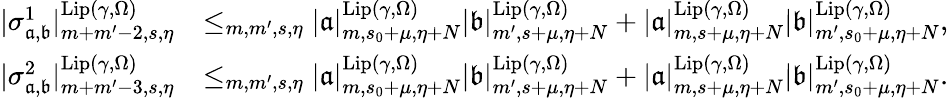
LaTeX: \begin{array}{rl}{|\sigma_{\mathfrak{a},\mathfrak{b}}^{1}|_{m+m^{\prime}-2,s,\eta}^{\mathrm{Lip}(\gamma,\Omega)}}&{\le_{m,m^{\prime},s,\eta}|\mathfrak{a}|_{m,s_{0}+\mu,\eta+N}^{\mathrm{Lip}(\gamma,\Omega)}|\mathfrak{b}|_{m^{\prime},s+\mu,\eta+N}^{\mathrm{Lip}(\gamma,\Omega)}+|\mathfrak{a}|_{m,s+\mu,\eta+N}^{\mathrm{Lip}(\gamma,\Omega)}|\mathfrak{b}|_{m^{\prime},s_{0}+\mu,\eta+N}^{\mathrm{Lip}(\gamma,\Omega)},}\\ {|\sigma_{\mathfrak{a},\mathfrak{b}}^{2}|_{m+m^{\prime}-3,s,\eta}^{\mathrm{Lip}(\gamma,\Omega)}}&{\le_{m,m^{\prime},s,\eta}|\mathfrak{a}|_{m,s_{0}+\mu,\eta+N}^{\mathrm{Lip}(\gamma,\Omega)}|\mathfrak{b}|_{m^{\prime},s+\mu,\eta+N}^{\mathrm{Lip}(\gamma,\Omega)}+|\mathfrak{a}|_{m,s+\mu,\eta+N}^{\mathrm{Lip}(\gamma,\Omega)}|\mathfrak{b}|_{m^{\prime},s_{0}+\mu,\eta+N}^{\mathrm{Lip}(\gamma,\Omega)}.}\end{array}